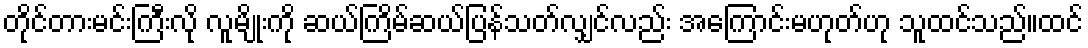
တိုင်တားမင်းကြီးလို လူမျိုးကို ဆယ်ကြိမ်ဆယ်ပြန်သတ်လျှင်လည်း အကြောင်းမဟုတ်ဟု သူထင်သည်။ထင်